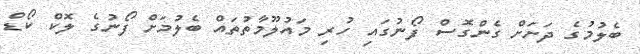
ބެލުމުގެ ދަށަށް ގެންގޮސް ފޯނުގައި ހުރި މައުލޫމާތުތައް ބެލުމަށް ފޯނުގެ ލޮކް ކޯޑް